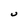
Character: U